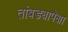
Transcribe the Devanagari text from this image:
तांबड्यापेक्षा